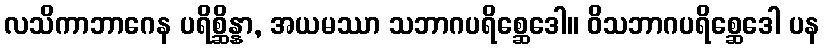
လသိကာဘာဂေန ပရိစ္ဆိန္နာ, အယမဿာ သဘာဂပရိစ္ဆေဒေါ။ ဝိသဘာဂပရိစ္ဆေဒေါ ပန